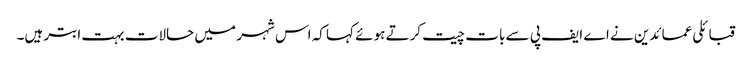
قبائلی عمائدین نے اے ایف پی سے بات چیت کرتے ہوئے کہا کہ اس شہر میں حالات بہت ابتر ہیں۔